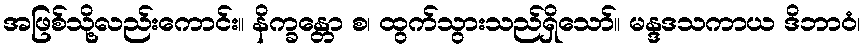
အဖြစ်သို့လည်းကောင်း။ နိက္ခန္တော စ၊ ထွက်သွားသည်ရှိသော်။ မန္ဒဒသကာယ ဒိဘာဝံ၊